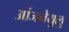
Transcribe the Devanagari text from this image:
आंजनेयुलु